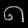
Digit: ၈